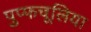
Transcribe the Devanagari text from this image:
पुप्फचूलिया